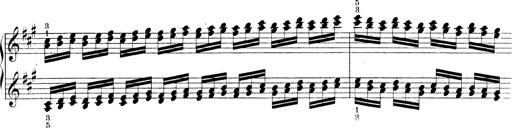
Title: Technische Studien
Composer: Franz Liszt